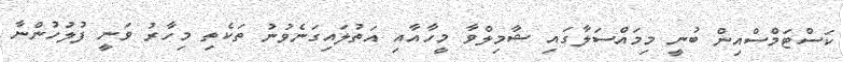
ކަސްޓަމްސްއިން ބުނީ މިމައްސަލާގައި ޝާމިލްވާ މީހާއާއި އަތުލައިގަނެވުނު ތަކެތި މިހާރު ވަނީ ފުލުހުންނާ